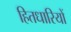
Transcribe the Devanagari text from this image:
हितधारियों